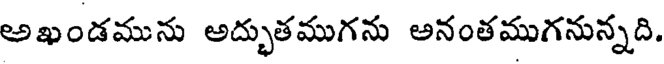
అఖండమును అద్భుతముగను అనంతముగనున్నది.